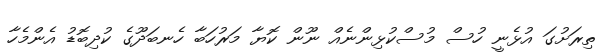
ތިރަށުގަ އުޅެނީ ހުސް މުސްކުޅިންނެއް ނޫން ކޮޔާ މަރުހަބާ ހެނބަދޫގެ ކުދިބޮޑު އެންމެހާ